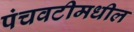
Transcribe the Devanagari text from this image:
पंचवटीमधील